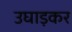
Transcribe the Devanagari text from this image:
उघाड़कर